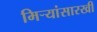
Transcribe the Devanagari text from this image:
मिऱ्यांसारखी